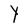
Character: Y